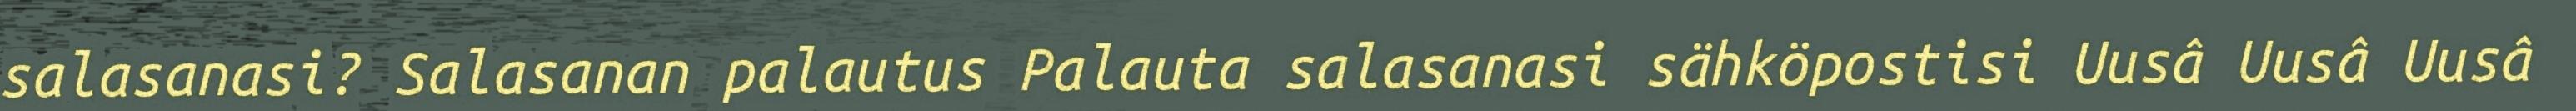
salasanasi? Salasanan palautus Palauta salasanasi sähköpostisi Uusâ Uusâ Uusâ